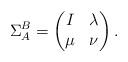
LaTeX: \begin{align*}\Sigma_A^B=\begin{pmatrix}I&\lambda\\ \mu&\nu\end{pmatrix}.\end{align*}